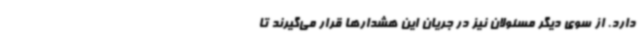
دارد. از سوی دیگر مسئولان نیز در جریان این هشدارها قرار می‌گیرند تا